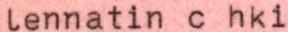
lennatin c hki